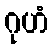
ဂုဟံ